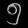
Digit: ၅